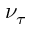
\nu _ { \tau }